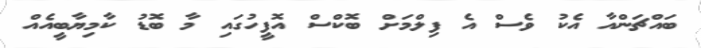
ބައްޗަންއާ އެކު ވެސް އެ ފިލްމަށް ބޮކްސް އޮފީހުގައި މާ ބޮޑު ކާމިޔާބީއެއް